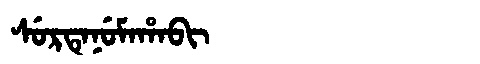
Manchu: ᠰᡠᡵᡨᡝᠨᡠᠮᠠᡥᠠᠪᡳ
Romanization: SURTENUMAHABI